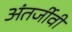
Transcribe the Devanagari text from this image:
अंतर्जीवी